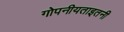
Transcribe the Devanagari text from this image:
गोपनीयताइतनी